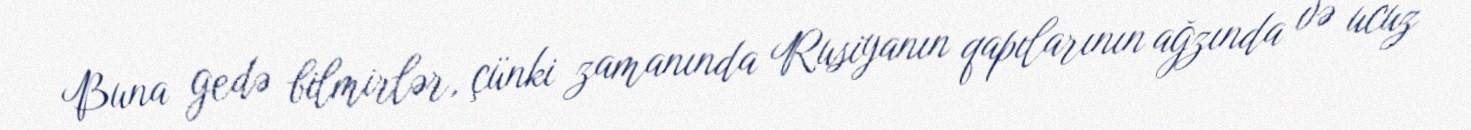
Buna gedə bilmirlər, çünki zamanında Rusiyanın qapılarının ağzında və ucuz